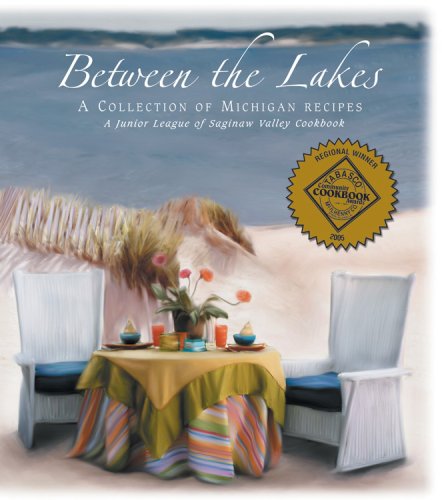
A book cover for Between the Lakes: A Collection of Michigan Recipes (A Junior League of Saginaw Valley Cookbook); Junior League of Saginaw Valley Inc; Cookbooks, Food & Wine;